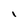
Character: I